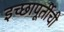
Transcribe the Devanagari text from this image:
इच्छापूर्तीची